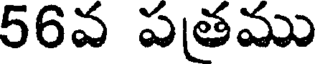
56వ పతము